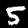
Digit: 5